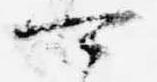
可